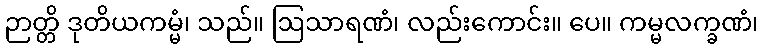
ဉာတ္တိ ဒုတိယကမ္မံ၊ သည်။ ဩသာရဏံ၊ လည်းကောင်း။ ပေ။ ကမ္မလက္ခဏံ၊